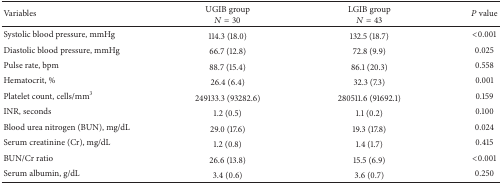
<table><thead><tr><td><b>Variables</b></td><td><b>UGIB group<i>N</i> = 30</b></td><td><b>LGIB groupN = 43</b></td><td><b>P value</b></td></tr></thead><tbody><tr><td>Systolic blood pressure, mmHg</td><td>114.3 (18.0)</td><td>132.5 (18.7)</td><td>&lt;0.001</td></tr><tr><td>Diastolic blood pressure, mmHg</td><td>66.7 (12.8)</td><td>72.8 (9.9)</td><td>0.025</td></tr><tr><td>Pulse rate, bpm</td><td>88.7 (15.4)</td><td>86.1 (20.3)</td><td>0.558</td></tr><tr><td>Hematocrit, %</td><td>26.4 (6.4)</td><td>32.3 (7.3)</td><td>0.001</td></tr><tr><td>Platelet count, cells/mm<sup>3</sup></td><td>249133.3 (93282.6)</td><td>280511.6 (91692.1)</td><td>0.159</td></tr><tr><td>INR, seconds</td><td>1.2 (0.5)</td><td>1.1 (0.2)</td><td>0.100</td></tr><tr><td>Blood urea nitrogen (BUN), mg/dL</td><td>29.0 (17.6)</td><td>19.3 (17.8)</td><td>0.024</td></tr><tr><td>Serum creatinine (Cr), mg/dL</td><td>1.2 (0.8)</td><td>1.4 (1.7)</td><td>0.415</td></tr><tr><td>BUN/Cr ratio</td><td>26.6 (13.8)</td><td>15.5 (6.9)</td><td>&lt;0.001</td></tr><tr><td>Serum albumin, g/dL</td><td>3.4 (0.6)</td><td>3.6 (0.7)</td><td>0.250</td></tr></tbody></table>